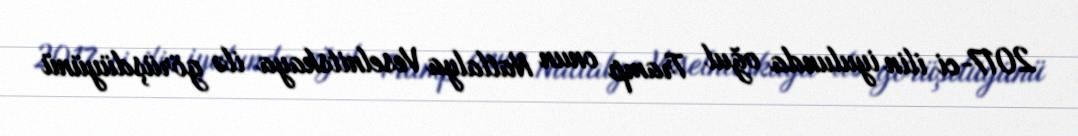
2017-ci ilin iyulunda oğul Tramp onun Natlalya Veselnitskaya ilə görüşdüyünü